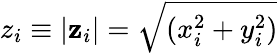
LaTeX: z_{i}\equiv|\mathbf{z}_{i}|=\sqrt{(x_{i}^{2}+y_{i}^{2})}